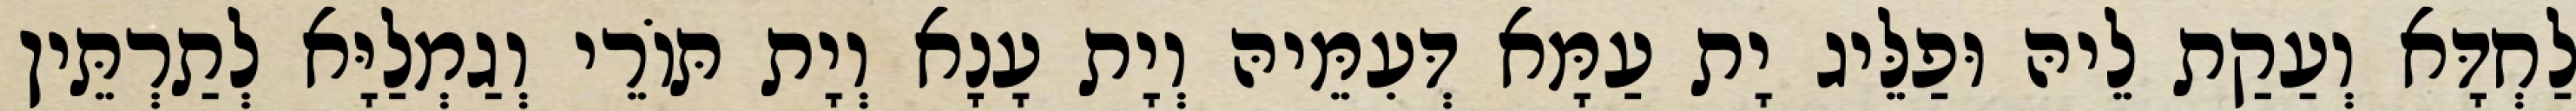
לַחְדָּא וְעַקַת לֵיהּ וּפַלֵּיג יָת עַמָּא דְּעִמֵּיהּ וְיָת עָנָא וְיָת תּוֹרֵי וְגַמְלַיָּא לְתַרְתֵּין